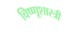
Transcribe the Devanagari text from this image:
विष्णूशास्त्री